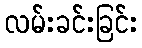
လမ်းခင်းခြင်း